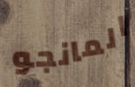
المانجو